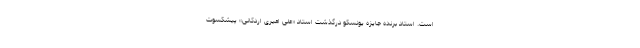
است. استاد برنده جایزه یونسکو درگذشت استاد «علی امیری اردکانی» پیشکسوت